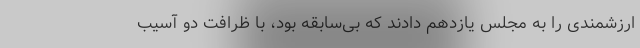
ارزشمندی را به مجلس یازدهم دادند که بی‌سابقه بود، با ظرافت دو آسیب